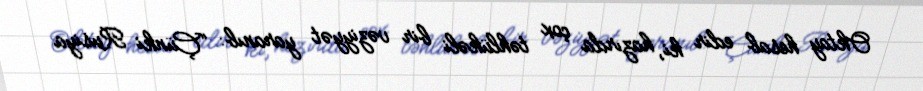
Oktay hesab edir ki, hazırda çox təhlükəli bir vəziyyət yaranıb: “Çünki Rusiya